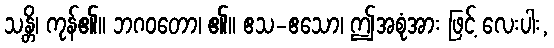
သန္တိ၊ ကုန်၏။ ဘဂဝတော၊ ၏။ ဧသ-ဧသော၊ ဤအစုံအား ဖြင့် လေးပါး,